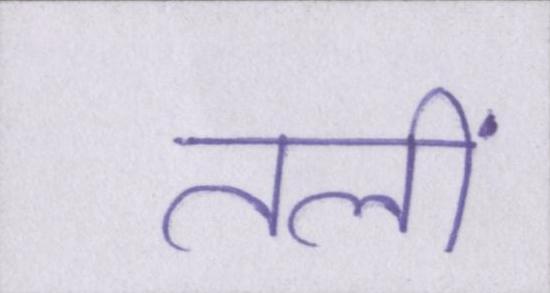
तलीं